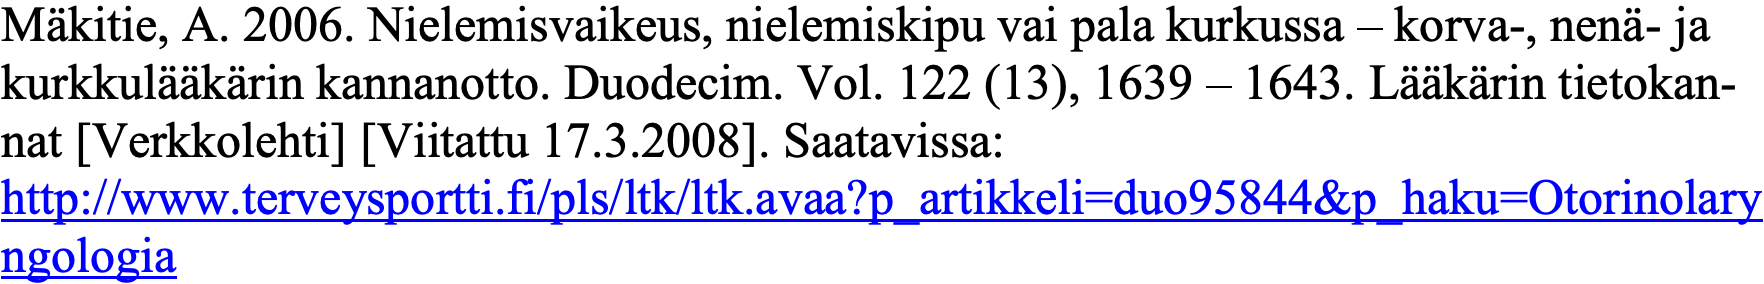
Mäkitie, A. 2006. Nielemisvaikeus, nielemiskipu vai pala kurkussa – korva-, nenä- ja kurkkulääkärin kannanotto. Duodecim. Vol. 122 (13), 1639 – 1643. Lääkärin tietokan- nat [Verkkolehti] [Viitattu 17.3.2008]. Saatavissa: http://www.terveysportti.fi/pls/ltk/ltk.avaa?p_artikkeli=duo95844&p_haku=Otorinolary ngologia